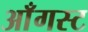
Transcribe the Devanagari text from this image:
आँगस्ट